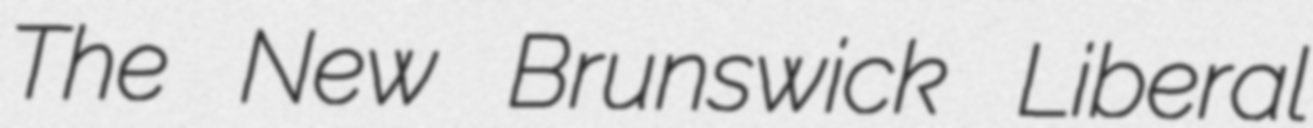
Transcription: The New Brunswick Liberal